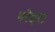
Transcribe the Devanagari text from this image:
परेइरा